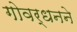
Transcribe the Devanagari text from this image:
गोवर्धनने